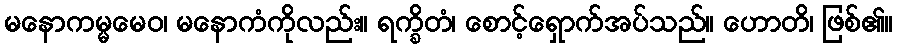
မနောကမ္မမေဝ၊ မနောကံကိုလည်း။ ရက္ခိတံ၊ စောင့်ရှောက်အပ်သည်။ ဟောတိ၊ ဖြစ်၏။